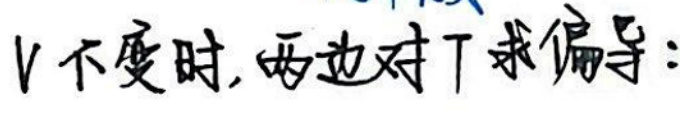
v不变时，两边对t求偏导：